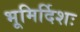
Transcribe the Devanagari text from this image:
भूमिर्दिशः